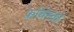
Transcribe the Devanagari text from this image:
फ्रोंचेस्को